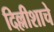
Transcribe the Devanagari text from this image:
दिल्लीशाचे